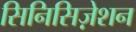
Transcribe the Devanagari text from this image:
सिनिसिज़ेशन